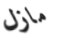
مازل